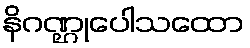
နိဂဏ္ဌုပေါသထော